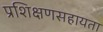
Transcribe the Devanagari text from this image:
प्रशिक्षणसहायता